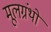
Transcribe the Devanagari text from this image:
मूलग्रंथों